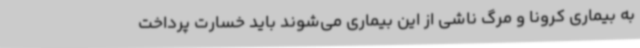
به بیماری کرونا و مرگ ناشی از این بیماری می‌شوند باید خسارت پرداخت